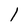
Character: l